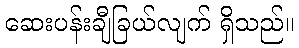
ဆေးပန်းချီခြယ်လျက် ရှိသည်။